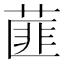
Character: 𦷁